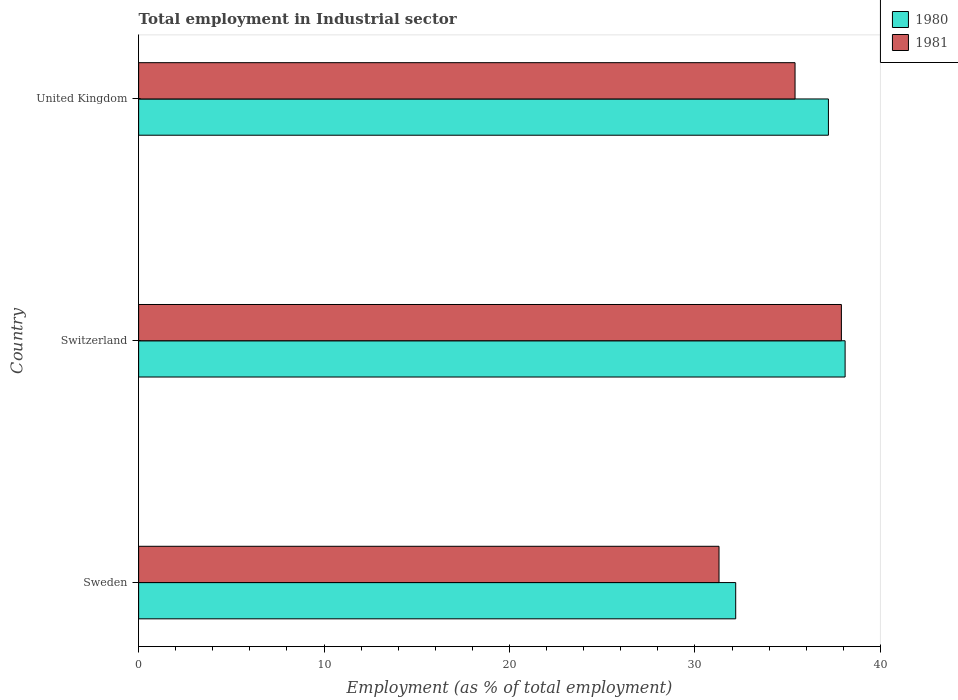
| Country | 1980 | 1981 |
 | --- | --- | --- |
 | Sweden | 32.2 | 31.3 |
 | Switzerland | 38.1 | 37.9 |
 | United Kingdom | 37.2 | 35.4 |